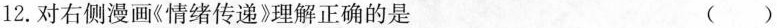
12.对右侧漫画《情绪传递》理解正确的是 ( )